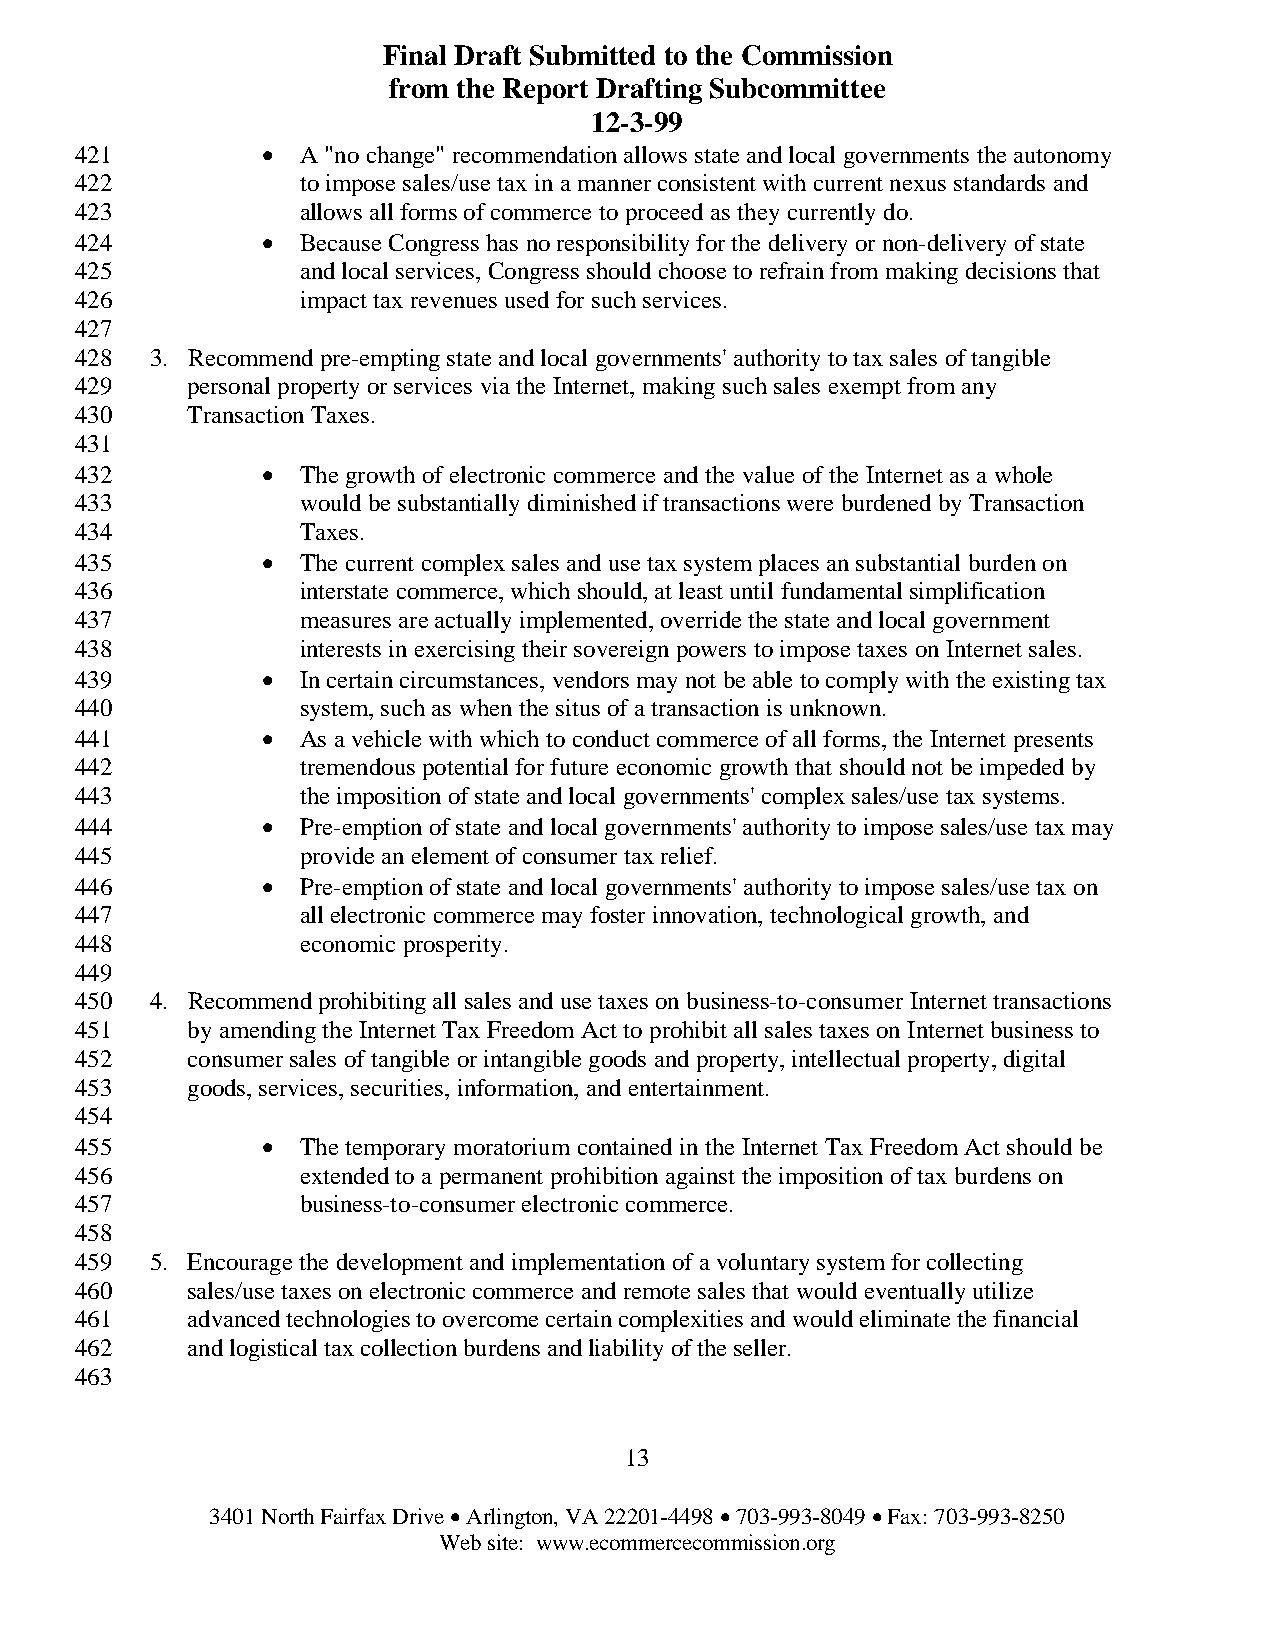
Final Draft Submitted to the Commission
 from the Report Drafting Subcommittee
 12-3-99
 421         •  A "no change" recommendation allows state and local governments the autonomy
 422            to impose sales/use tax in a manner consistent with current nexus standards and
 423            allows all forms of commerce to proceed as they currently do.
 424         •  Because Congress has no responsibility for the delivery or non-delivery of state
 425            and local services, Congress should choose to refrain from making decisions that
 426            impact tax revenues used for such services.
 427
 428  3. Recommend pre-empting state and local governments' authority to tax sales of tangible
 429    personal property or services via the Internet, making such sales exempt from any
 430    Transaction Taxes.
 431
 432         •  The growth of electronic commerce and the value of the Internet as a whole
 433            would be substantially diminished if transactions were burdened by Transaction
 434            Taxes.
 435         •  The current complex sales and use tax system places an substantial burden on
 436            interstate commerce, which should, at least until fundamental simplification
 437            measures are actually implemented, override the state and local government
 438            interests in exercising their sovereign powers to impose taxes on Internet sales.
 439         •  In certain circumstances, vendors may not be able to comply with the existing tax
 440            system, such as when the situs of a transaction is unknown.
 441         •  As a vehicle with which to conduct commerce of all forms, the Internet presents
 442            tremendous potential for future economic growth that should not be impeded by
 443            the imposition of state and local governments' complex sales/use tax systems.
 444         •  Pre-emption of state and local governments' authority to impose sales/use tax may
 445            provide an element of consumer tax relief.
 446         •  Pre-emption of state and local governments' authority to impose sales/use tax on
 447            all electronic commerce may foster innovation, technological growth, and
 448            economic prosperity.
 449
 450  4. Recommend prohibiting all sales and use taxes on business-to-consumer Internet transactions
 451    by amending the Internet Tax Freedom Act to prohibit all sales taxes on Internet business to
 452    consumer sales of tangible or intangible goods and property, intellectual property, digital
 453    goods, services, securities, information, and entertainment.
 454
 455         •  The temporary moratorium contained in the Internet Tax Freedom Act should be
 456            extended to a permanent prohibition against the imposition of tax burdens on
 457            business-to-consumer electronic commerce.
 458
 459  5. Encourage the development and implementation of a voluntary system for collecting
 460    sales/use taxes on electronic commerce and remote sales that would eventually utilize
 461    advanced technologies to overcome certain complexities and would eliminate the financial
 462    and logistical tax collection burdens and liability of the seller.
 463
 13
 3401 North Fairfax Drive • Arlington, VA 22201-4498 • 703-993-8049 • Fax: 703-993-8250
 Web site: www.ecommercecommission.org